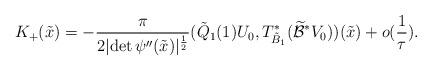
LaTeX: \begin{align*}K_+(\tilde x)=-\frac{\pi}{2\vert \mbox{det}\,\psi''(\tilde x)\vert^\frac 12}(\tilde Q_1(1)U_0,T_{\tilde B_1}^*(\widetilde{\mathcal B}^*V_0))(\tilde x)+o(\frac 1\tau).\end{align*}